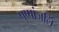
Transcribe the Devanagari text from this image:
पुष्पांजलिं